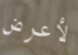
لأعرض